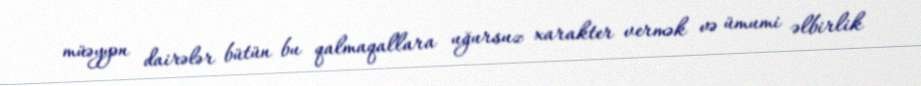
müəyyən dairələr bütün bu qalmaqallara uğursuz xarakter vermək və ümumi əlbirlik